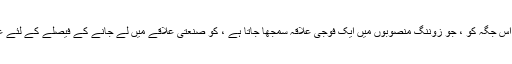
میٹروپولیٹن بلدیہ کونسل نے اس جگہ کو ، جو زوننگ منصوبوں میں ایک فوجی علاقہ سمجھا جاتا ہے ، کو صنعتی علاقے میں لے جانے کے فیصلے کے لئے غیرمعمولی طور پر طلب کیا۔